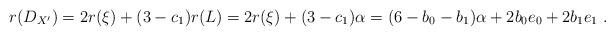
LaTeX: \begin{align*}r(D_{X^\prime}) = 2r(\xi) + (3-c_1)r(L)= 2r(\xi) + (3-c_1)\alpha =(6-b_0-b_1)\alpha + 2b_0e_0 +2b_1e_1\ .\end{align*}